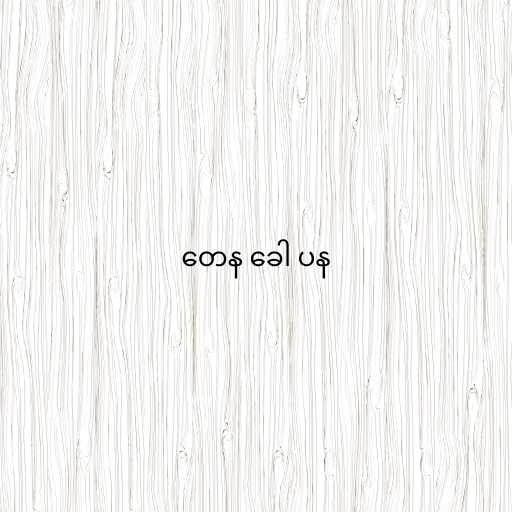
တေန ခေါ ပန